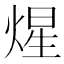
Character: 煋